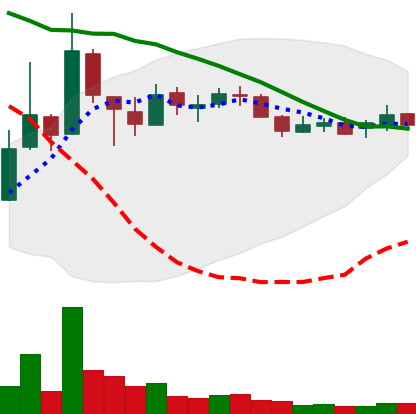
Ticker: XLM-USD
Chart end date: 2018-10-09
Forward return: -13.845%
Label: down_7plus